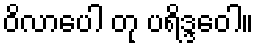
ဝိလာပေါ တု ပရိဒ္ဒဝေါ။